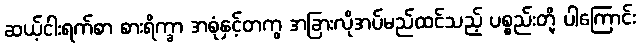
ဆယ့်ငါးရက်စာ စားရိက္ခာ အစုံနှင့်တကွ အခြားလိုအပ်မည်ထင်သည့် ပစ္စည်းတို့ ပါကြောင်း